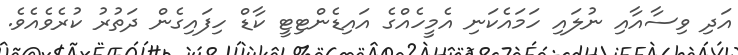
އަދި ވިސާއާއި ނުލައި ހަމައެކަނި އެމީހެއްގެ އައިޑެންޓިޓީ ކާޑް ހިފައިގެން ދަތުރު ކުރެވެއެވެ.